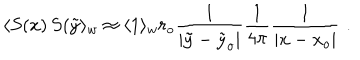
LaTeX: \langle S ( x ) \, S ( \tilde { y } \rangle _ { w } \approx \langle 1 \rangle _ { w } r _ { o } { \frac { 1 } { \mid \tilde { y } - \tilde { y } _ { o } \mid } } { \frac { 1 } { 4 \pi } } { \frac { 1 } { \mid x - x _ { o } \mid } } \, \, .